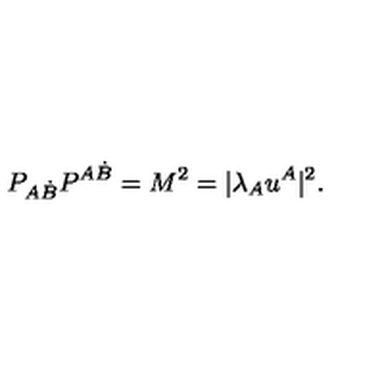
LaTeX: P _ { A \dot { B } } P ^ { A \dot { B } } = M ^ { 2 } = | \lambda _ { A } u ^ { A } | ^ { 2 } .